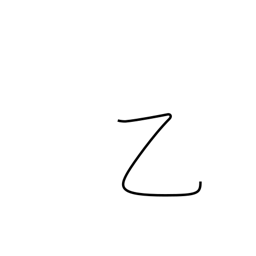
Meaning: strange